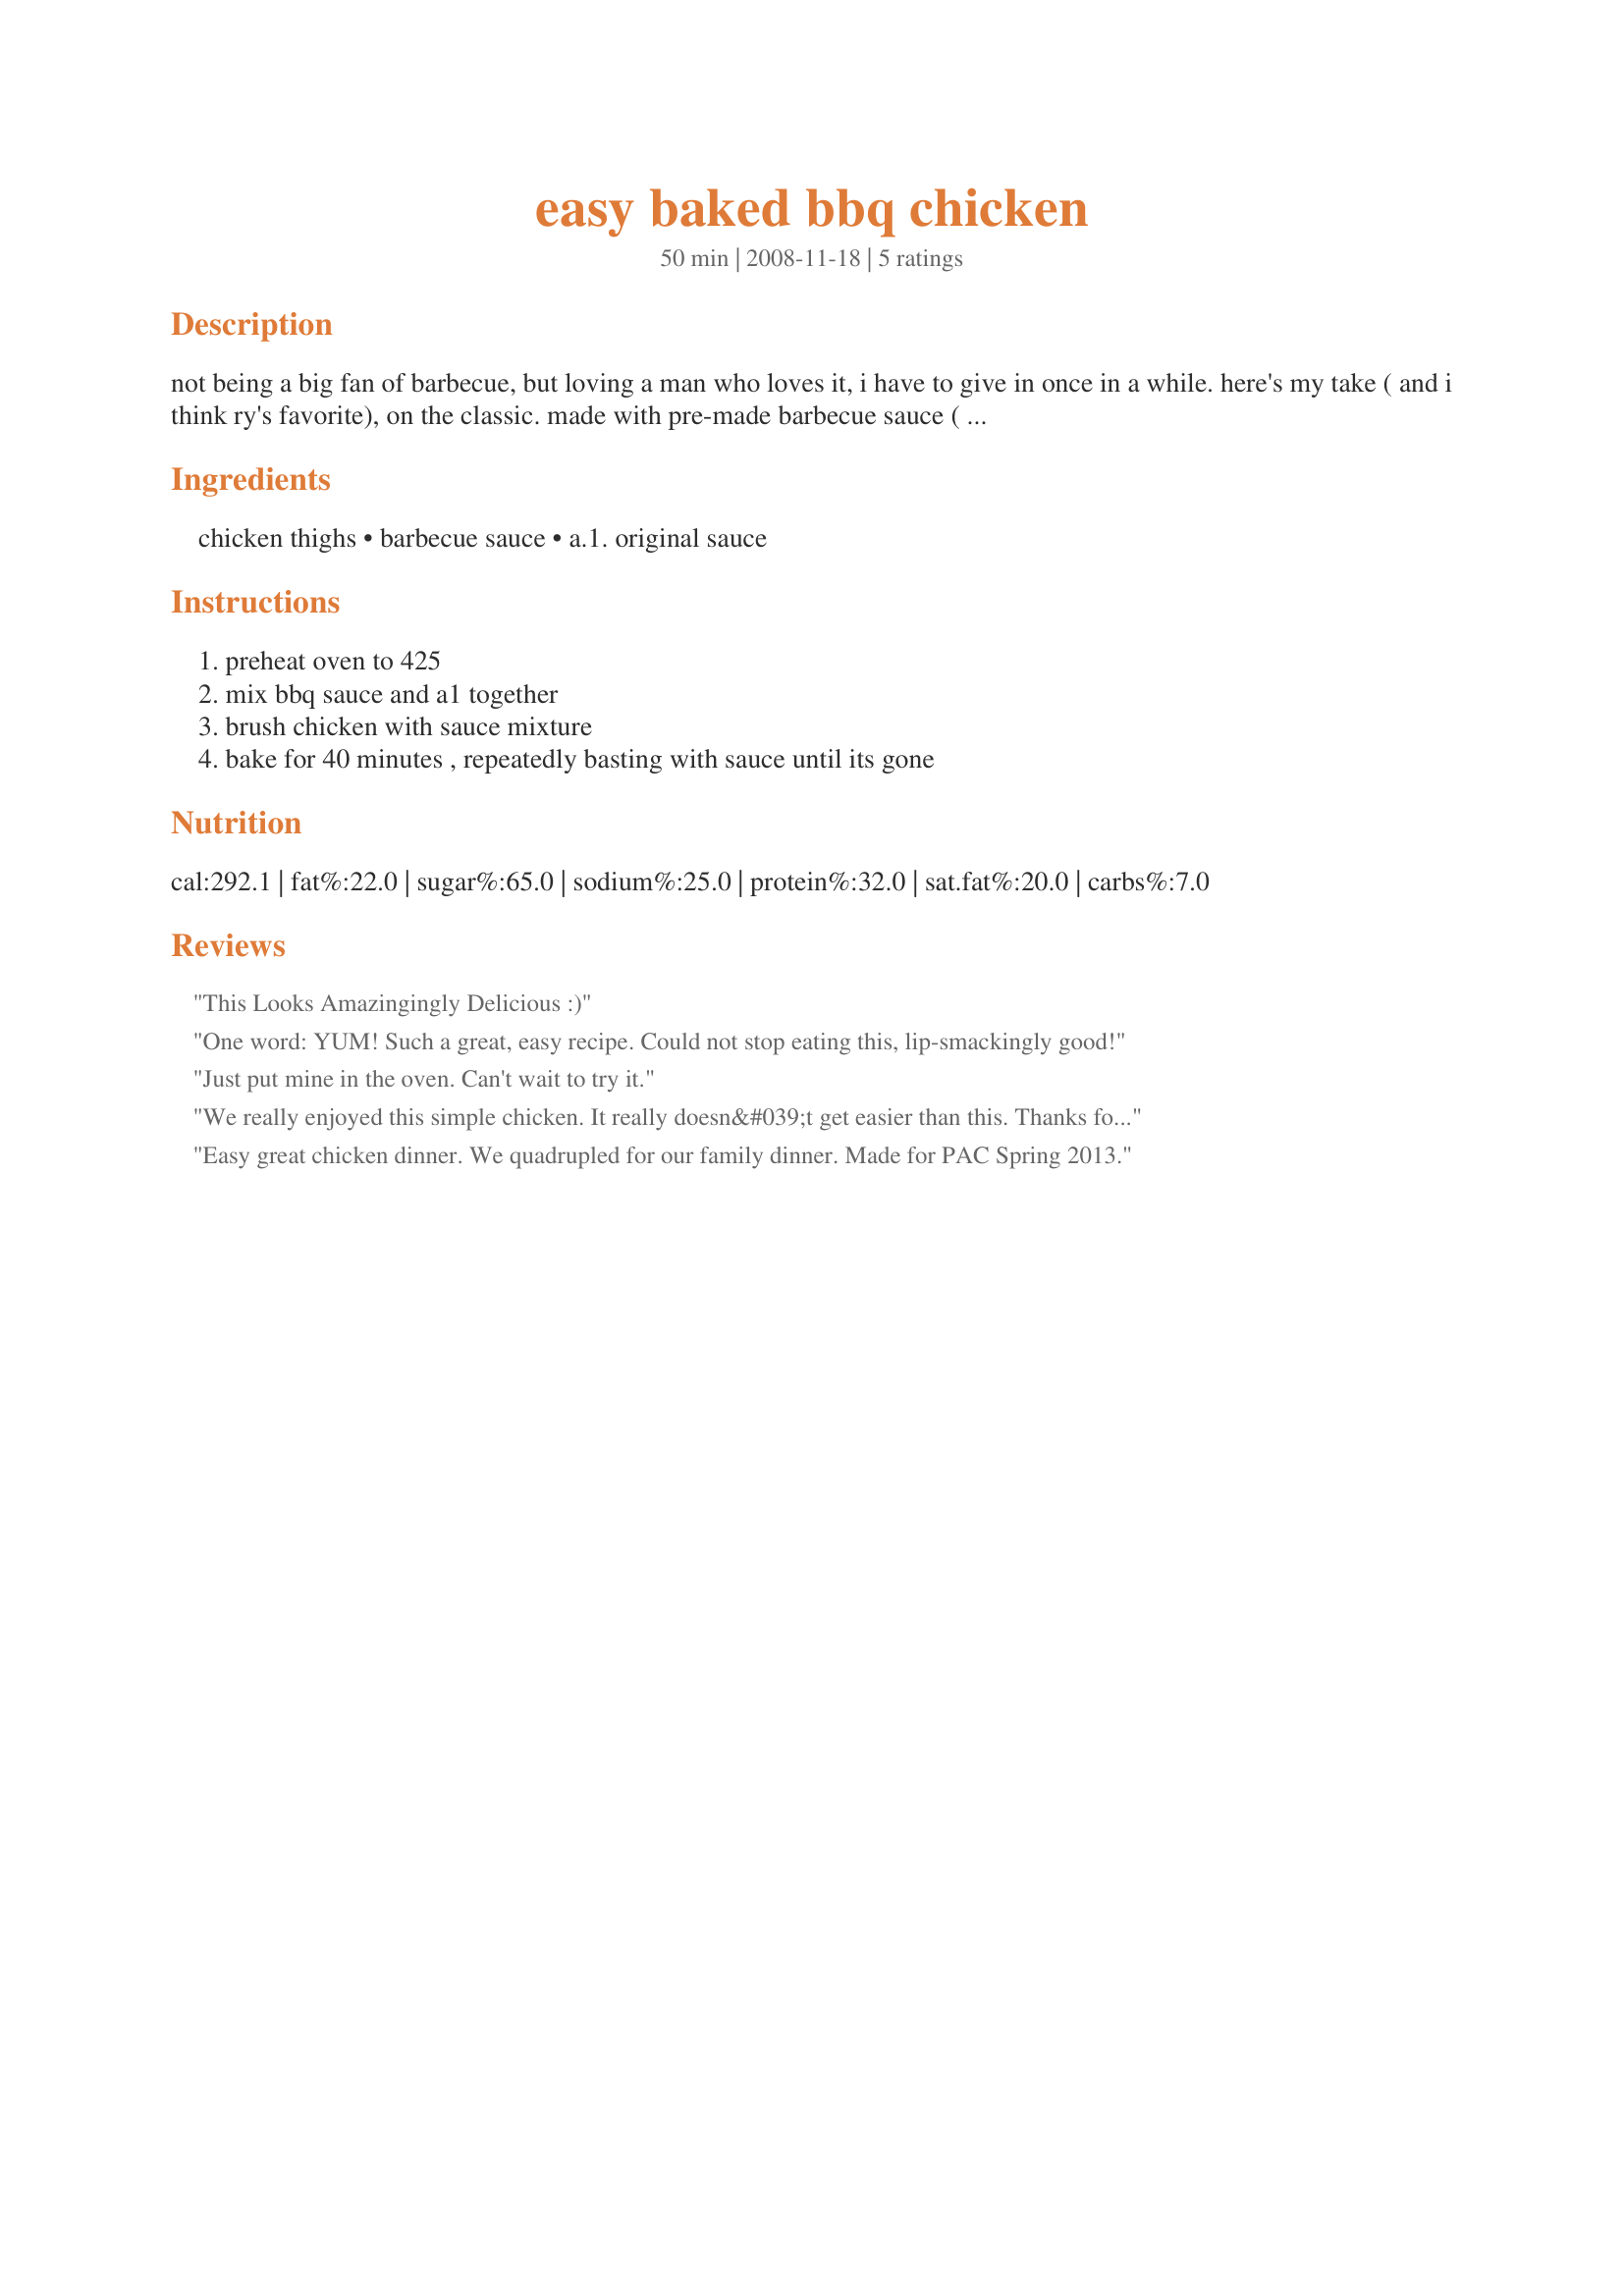
easy baked bbq chicken
Preparation time: 50 minutes

not being a big fan of barbecue, but loving a man who loves it, i have to give in once in a while. here's my take ( and i think ry's favorite), on the classic.
made with pre-made barbecue sauce ( i prefer bullseye) its baked in the oven for convenience.

Ingredients:
chicken thighs, barbecue sauce, a.1. original sauce

Steps:
preheat oven to 425, mix bbq sauce and a1 together, brush chicken with sauce mixture, bake for 40 minutes , repeatedly basting with sauce until its gone

Reviews:
This Looks Amazingingly Delicious :)
One word: YUM! Such a great, easy recipe. Could not stop eating this, lip-smackingly good!
Just put mine in the oven. Can't wait to try it.
We really enjoyed this simple chicken. It really doesn&#039;t get easier than this. Thanks for sharing. Made for What&#039;s on the Menu tag.
Easy great chicken dinner. We quadrupled for our family dinner. Made for PAC Spring 2013.
